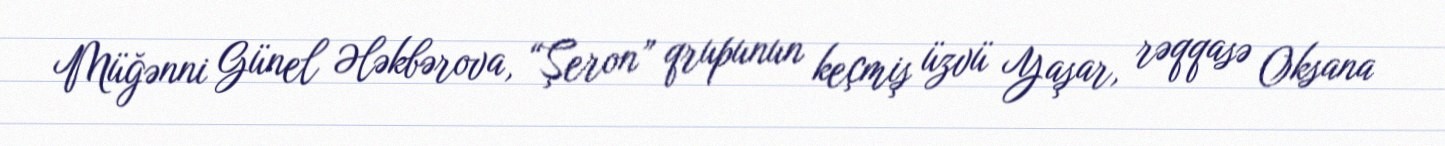
Müğənni Günel Ələkbərova, “Şeron” qrupunun keçmiş üzvü Yaşar, rəqqasə Oksana